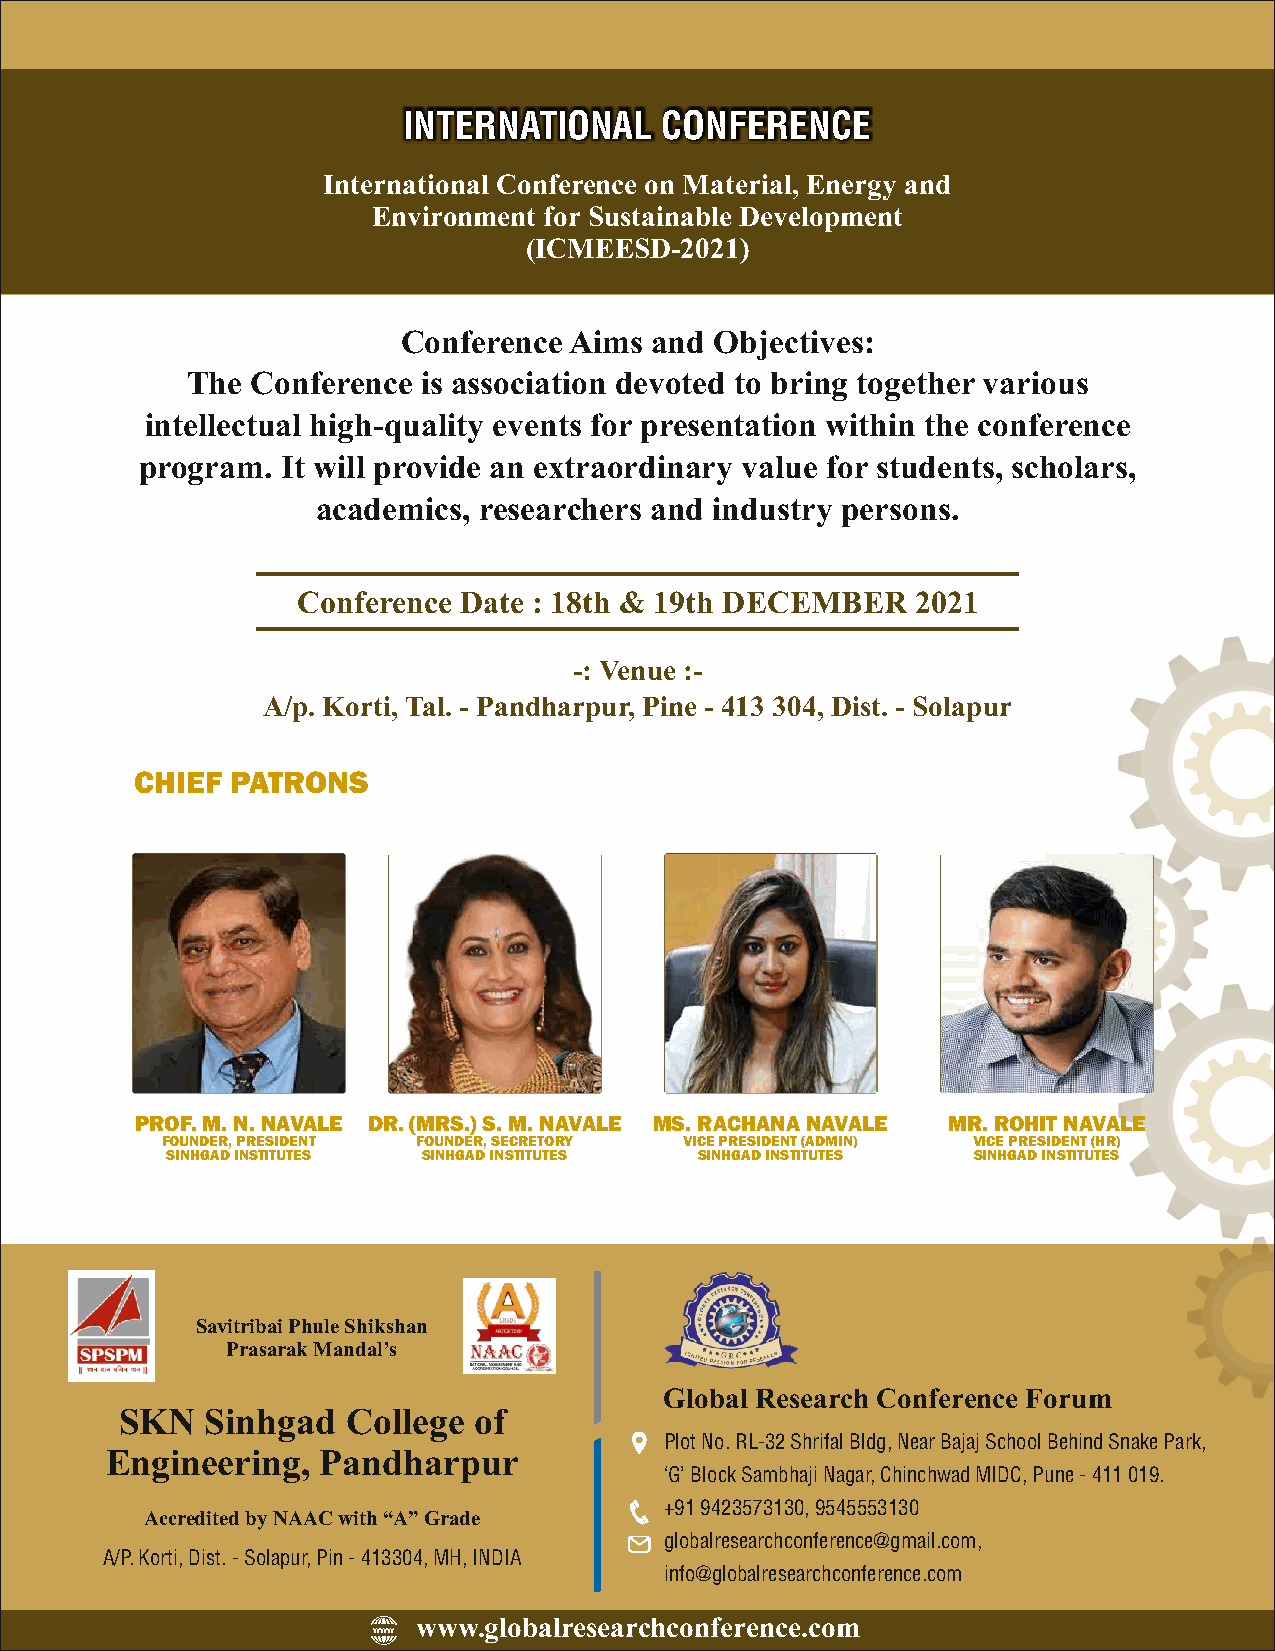
INTERNATIONAL    CONFERENCE
 International Conference on Material, Energy and
 Environment for Sustainable Development
 (ICMEESD-2021)
 Conference Aims and Objectives:
 The  Conference is association devoted to bring together various
 intellectual high-quality events for presentation within the conference
 program.  It will provide an extraordinary value for students, scholars,
 academics, researchers and industry persons.
 Conference Date : 18th & 19th DECEMBER   2021
 -: Venue :-
 A/p. Korti, Tal. - Pandharpur, Pine - 413 304, Dist. - Solapur
 CHIEF PATRONS
 PROF. M. N. NAVALE DR. (MRS.) S. M. NAVALE MS. RACHANA NAVALE MR. ROHIT NAVALE
 FOUNDER, PRESIDENT FOUNDER, SECRETORY VICE PRESIDENT (ADMIN) VICE PRESIDENT (HR)
 SINHGAD INSTITUTES SINHGAD INSTITUTES SINHGAD INSTITUTES SINHGAD INSTITUTES
 Savitribai Phule Shikshan
 Prasarak Mandal’s
 Global Research Conference Forum
 SKN   Sinhgad  College of
 Plot No. RL-32 Shrifal Bldg, Near Bajaj School Behind Snake Park,
 Engineering,  Pandharpur
 ‘G’ Block Sambhaji Nagar, Chinchwad MIDC, Pune - 411 019.
 Accredited by NAAC with “A” Grade +91 9423573130, 9545553130
 globalresearchconference@gmail.com,
 A/P. Korti, Dist. - Solapur, Pin - 413304, MH, INDIA
 info@globalresearchconference.com
 www.globalresearchconference.com
 WWW